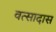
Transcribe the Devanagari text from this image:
वत्सादास